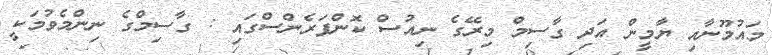
މައުމޫނާއި ޔާމީން އަދި ގާސިމް މިރޭގެ ނިއުސް ކޮންފަރެންސްގައި : ގާސިމްގެ ނިންމެވުމަކީ